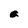
Character: a